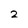
Character: 2